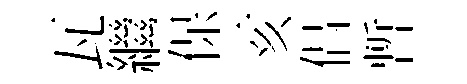
瓦繼保亥倡暫